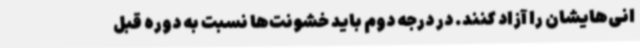
انی‌هایشان را آزاد کنند. در درجه دوم باید خشونت‌ها نسبت به دوره قبل